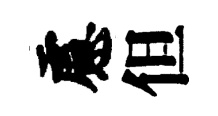
慮但